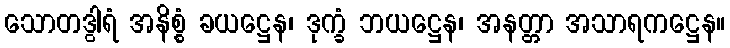
သောတဒွါရံ အနိစ္စံ ခယဋ္ဌေန၊ ဒုက္ခံ ဘယဋ္ဌေန၊ အနတ္တာ အသာရကဋ္ဌေန။